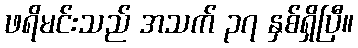
ဖရိမင်းသည် အသက် ၃၇ နှစ်ရှိပြီ။